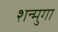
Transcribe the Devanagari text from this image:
शन्मुगा